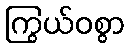
ကြွယ်ဝစွာ